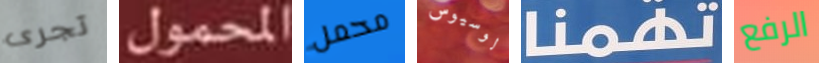
تجرى المحمول محمل لوسيوس تهمنا الرفع